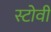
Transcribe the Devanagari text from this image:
स्टोवी